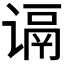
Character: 𬤑